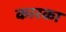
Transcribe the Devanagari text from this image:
कारका